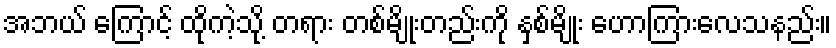
အဘယ် ကြောင့် ထိုကဲ့သို့ တရား တစ်မျိုးတည်းကို နှစ်မျိုး ဟောကြားလေသနည်း။